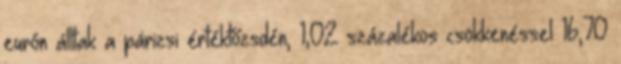
eurón álltak a párizsi értéktőzsdén, 1,02 százalékos csökkenéssel 16,70